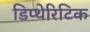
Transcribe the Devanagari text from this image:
डिप्थेरिटिक